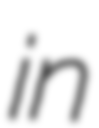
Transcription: in